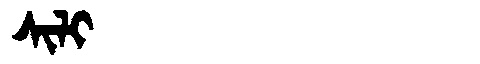
Manchu: ᠰᡳᠯᡳ
Romanization: SILI